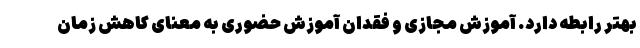
بهتر رابطه دارد. آموزش مجازی و فقدان آموزش حضوری به معنای کاهش زمان